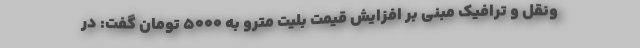
ونقل و ترافیک مبنی بر افزایش قیمت بلیت مترو به ۵۰۰۰ تومان گفت: در